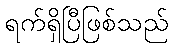
ရက်ရှိပြီဖြစ်သည်